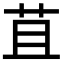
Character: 苴